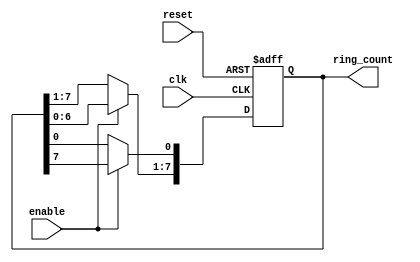
module RingCounter(
    input wire clk,
    input wire reset,
    input wire enable,
    output reg [N-1:0] ring_count
);

parameter N = 8; // Number of bits in the ring counter

always @(posedge clk or posedge reset) begin
    if (reset) begin
        ring_count <= 0;
    end else if (enable) begin
        ring_count <= ring_count << 1;
        ring_count[0] <= ring_count[N-1];
    end
end

endmodule